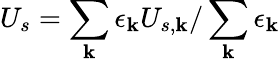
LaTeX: U_{s}=\sum_{\mathbf{k}}\epsilon_{\mathbf{k}}U_{s,\mathbf{k}}/\sum_{\mathbf{k}}\epsilon_{\mathbf{k}}